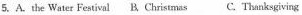
5.A.the Water Festival B. Christmas C. Thanksgiving